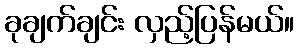
ခုချက်ချင်း လှည့်ပြန်မယ်။